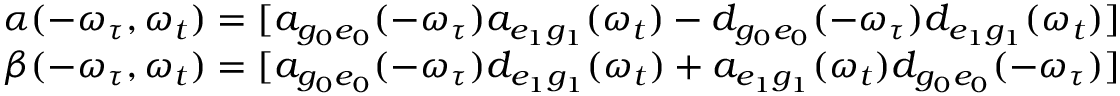
\begin{array} { r } { \alpha ( - \omega _ { \tau } , \omega _ { t } ) = [ a _ { g _ { 0 } e _ { 0 } } ( - \omega _ { \tau } ) a _ { e _ { 1 } g _ { 1 } } ( \omega _ { t } ) - d _ { g _ { 0 } e _ { 0 } } ( - \omega _ { \tau } ) d _ { e _ { 1 } g _ { 1 } } ( \omega _ { t } ) ] } \\ { \beta ( - \omega _ { \tau } , \omega _ { t } ) = [ a _ { g _ { 0 } e _ { 0 } } ( - \omega _ { \tau } ) d _ { e _ { 1 } g _ { 1 } } ( \omega _ { t } ) + a _ { e _ { 1 } g _ { 1 } } ( \omega _ { t } ) d _ { g _ { 0 } e _ { 0 } } ( - \omega _ { \tau } ) ] } \end{array}